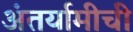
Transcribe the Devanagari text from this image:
अंतर्यामीची